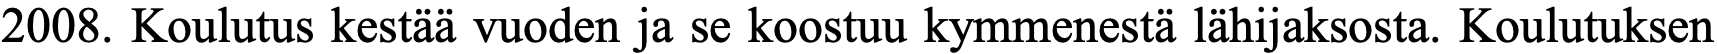
2008. Koulutus kestää vuoden ja se koostuu kymmenestä lähijaksosta. Koulutuksen